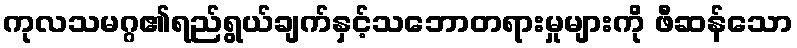
ကုလသမဂ္ဂ၏ရည်ရွယ်ချက်နှင့်သဘောတရားမှုများကို ဖီဆန်သော